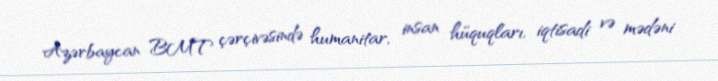
Azərbaycan BMT çərçivəsində humanitar, insan hüquqları, iqtisadi və mədəni